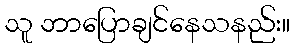
သူ ဘာပြောချင်နေသနည်း။